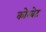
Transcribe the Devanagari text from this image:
कोरबेट